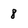
Character: 8